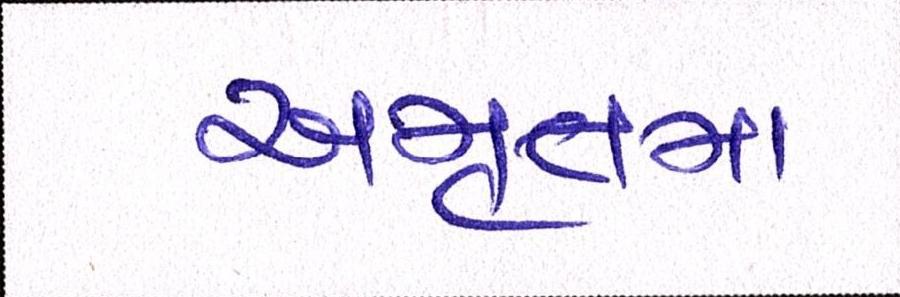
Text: અમૃતમ